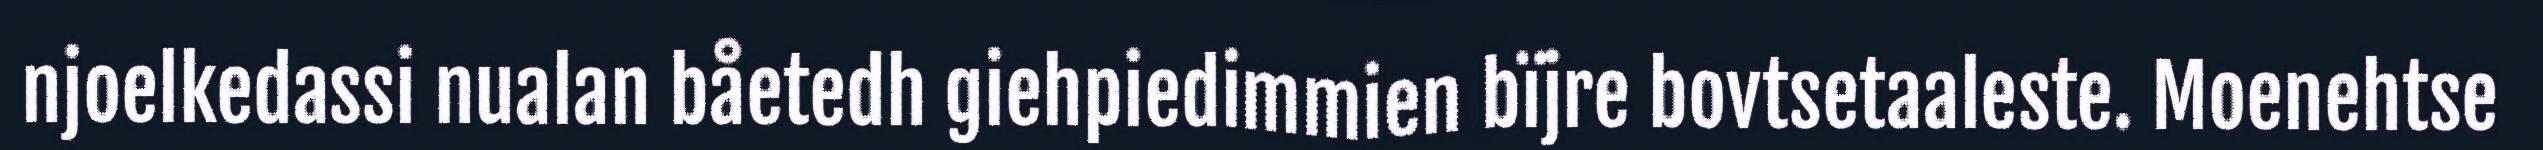
njoelkedassi nualan båetedh giehpiedimmien bïjre bovtsetaaleste. Moenehtse